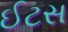
ઈટસ